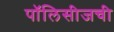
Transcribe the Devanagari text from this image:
पॉलिसीजची